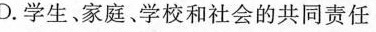
D.学生、家庭、学校和社会的共同责任